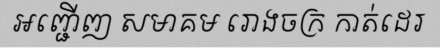
អញ្ជើញ សមាគម រោងចក្រ កាត់ដេរ